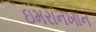
ઇમરાનખાન